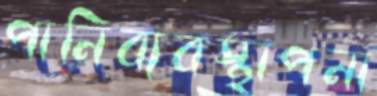
পানিব্যবস্থাপনা